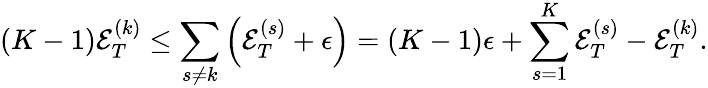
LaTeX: (K-1){\mathcal E}_{T}^{(k)}\le\sum_{s\neq k}\left({\mathcal E}_{T}^{(s)}+\epsilon\right)=(K-1)\epsilon+\sum_{s=1}^{K}{\mathcal E}_{T}^{(s)}-{\mathcal E}_{T}^{(k)}.